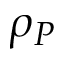
\rho _ { P }